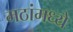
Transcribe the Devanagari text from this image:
मठांमध्ये